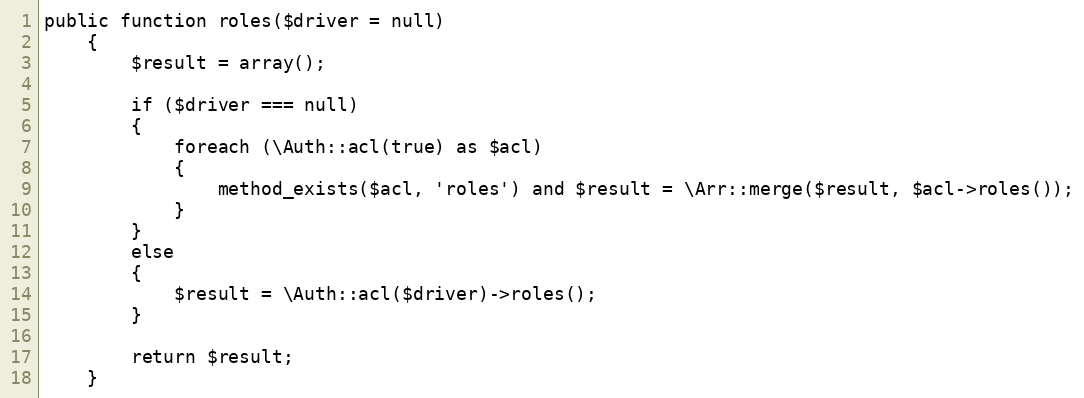
Language: PHP
public function roles($driver = null)
	{
		$result = array();

		if ($driver === null)
		{
			foreach (\Auth::acl(true) as $acl)
			{
				method_exists($acl, 'roles') and $result = \Arr::merge($result, $acl->roles());
			}
		}
		else
		{
			$result = \Auth::acl($driver)->roles();
		}

		return $result;
	}